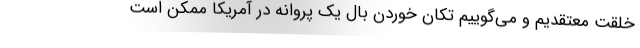
خلقت معتقدیم و می‌گوییم تکان خوردن بال یک پروانه در آمریکا ممکن است